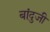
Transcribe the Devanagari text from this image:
बांदुजी